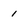
Character: 1